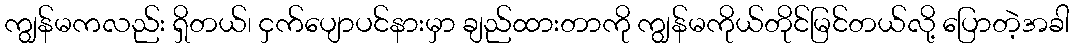
ကျွန်မကလည်း ရှိတယ်၊ ငှက်ပျောပင်နားမှာ ချည်ထားတာကို ကျွန်မကိုယ်တိုင်မြင်တယ်လို့ ပြောတဲ့အခါ